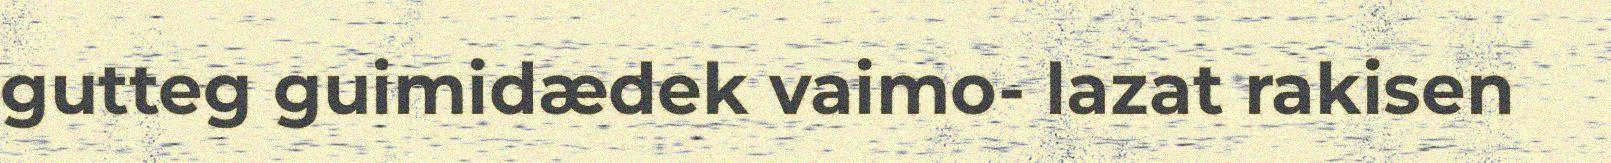
gutteg guimidædek vaimo- lazat rakisen